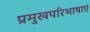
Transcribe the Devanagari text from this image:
प्रमुखपरिभाषाएं